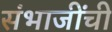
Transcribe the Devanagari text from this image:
संभाजींची